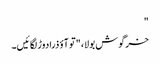
"
خرگوش بولا، "تو آؤ ذرا دوڑ لگائیں۔